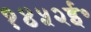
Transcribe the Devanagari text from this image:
१४५२ई॰